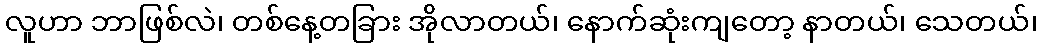
လူဟာ ဘာဖြစ်လဲ၊ တစ်နေ့တခြား အိုလာတယ်၊ နောက်ဆုံးကျတော့ နာတယ်၊ သေတယ်၊